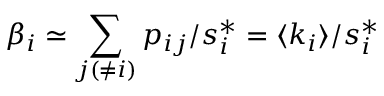
\beta _ { i } \simeq \sum _ { j ( \neq i ) } p _ { i j } / s _ { i } ^ { * } = \langle k _ { i } \rangle / s _ { i } ^ { * }